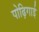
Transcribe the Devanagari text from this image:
पोढ़िगाई